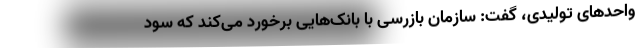
واحدهای تولیدی، گفت: سازمان بازرسی با بانک‌هایی برخورد می‌کند که سود